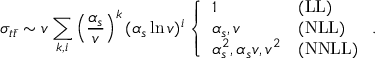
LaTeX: \sigma _ { t \bar { t } } \sim { v } \sum _ { k , i } \left( \frac { \alpha _ { s } } { v } \right) ^ { k } ( \alpha _ { s } \ln { v } ) ^ { i } \left\{ \begin{array} { l l } { { 1 } } & { { \mathrm { ( L L ) } } } \\ { { \alpha _ { s } , v } } & { { \mathrm { ( N L L ) } } } \\ { { \alpha _ { s } ^ { 2 } , \alpha _ { s } { v } , v ^ { 2 } } } & { { \mathrm { ( N N L L ) } } } \end{array} \right. .